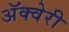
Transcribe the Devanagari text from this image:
अॅक्वेरी